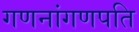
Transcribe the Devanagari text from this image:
गणनांगणपति